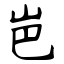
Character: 岜